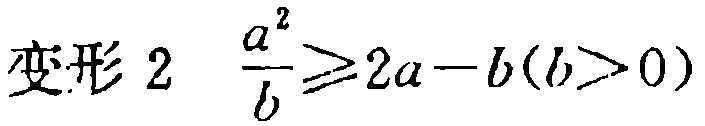
变形 2 $\frac{a^{2}}{b}\geqslant2a - b(b>0)$